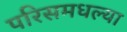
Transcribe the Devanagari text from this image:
परिसमधल्या